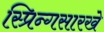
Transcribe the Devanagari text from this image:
स्प्रिन्गसारखे